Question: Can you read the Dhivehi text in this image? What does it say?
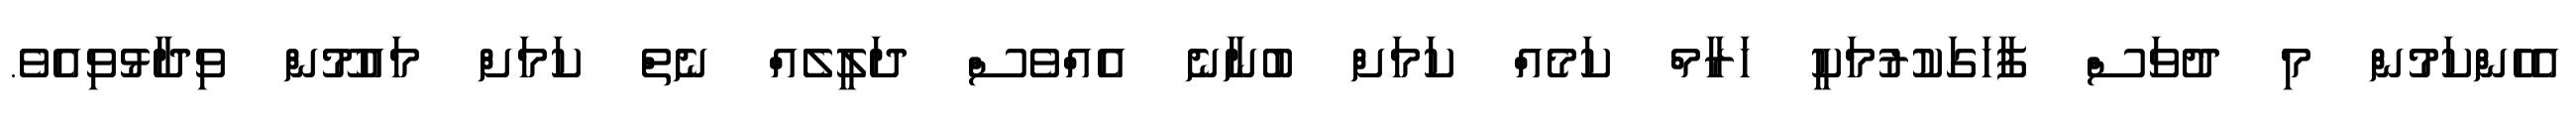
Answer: އެހެންކަމުން މި ދުވަސް ފާހަގަކުރުމަކީ ހަރާމް ކަމެއް ކަމަށް ބުނާނެ އެއްވެސް ދަލީލެއް ނެތް ކަމަށް މައުމޫން ވިދާޅުވިއެވެ.